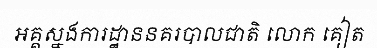
អគ្គស្នងការដ្ឋាននគរបាលជាតិ លោក គៀត